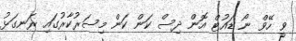
ވީ ހޭވް ނޯ ޑައުޓް އޮން ދިސް ކަން ކަން މިސަރުކާރުގައި ރަނގަޅު